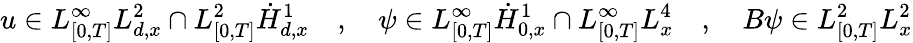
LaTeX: u\in L_{[0,T]}^{\infty}L_{d,x}^{2}\cap L_{[0,T]}^{2}\dot{H}_{d,x}^{1}\quad,\quad\psi\in L_{[0,T]}^{\infty}\dot{H}_{0,x}^{1}\cap L_{[0,T]}^{\infty}L_{x}^{4}\quad,\quad B\psi\in L_{[0,T]}^{2}L_{x}^{2}